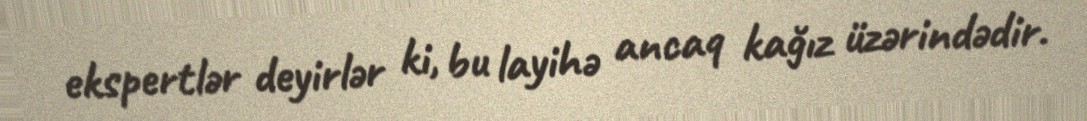
ekspertlər deyirlər ki, bu layihə ancaq kağız üzərindədir.